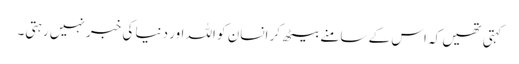
کہتی تھیں کہ اس کے سامنے بیٹھ کر انسان کو اللہ اور دنیا کی خبر نہیں رہتی۔